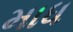
માધ